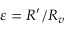
\varepsilon = R ^ { \prime } / R _ { v }